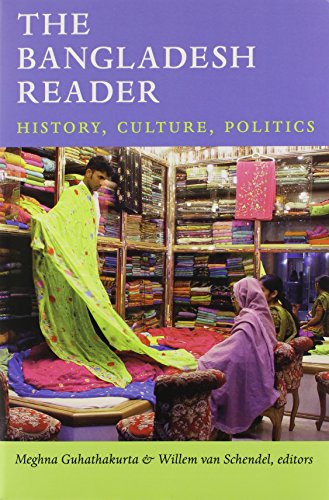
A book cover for The Bangladesh Reader: History, Culture, Politics (The World Readers); Travel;